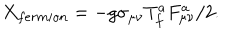
LaTeX: X _ { f e r m i o n } = - g \sigma _ { \mu \nu } T _ { f } ^ { a } F _ { \mu \nu } ^ { a } / 2 .